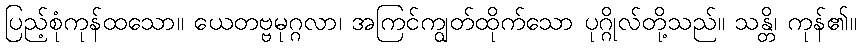
ပြည့်စုံကုန်ထသော။ ယေတဗ္ဗမုဂ္ဂလာ၊ အကြင်ကျွတ်ထိုက်သော ပုဂ္ဂိုလ်တို့သည်။ သန္တိ၊ ကုန်၏။